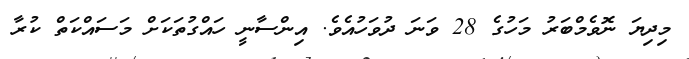
މިދިޔަ ނޮވެމްބަރު މަހުގެ 28 ވަނަ ދުވަހުއެވެ. އިންސާނީ ހައްގުތަަކަށް މަސައްކަތް ކުރާ